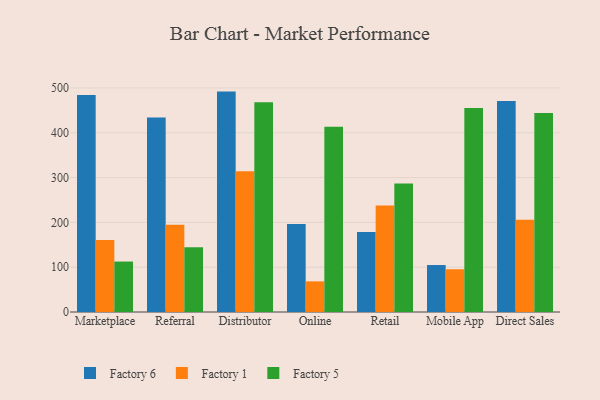
{"axis": {"x": "Channel", "y": "Backlog"}, "legend": ["Factory 1", "Factory 5", "Factory 6"], "data": [{"x": "Marketplace", "y": 484.0, "type": "Factory 6"}, {"x": "Marketplace", "y": 160.9, "type": "Factory 1"}, {"x": "Marketplace", "y": 112.6, "type": "Factory 5"}, {"x": "Referral", "y": 434.1, "type": "Factory 6"}, {"x": "Referral", "y": 194.9, "type": "Factory 1"}, {"x": "Referral", "y": 144.7, "type": "Factory 5"}, {"x": "Distributor", "y": 491.8, "type": "Factory 6"}, {"x": "Distributor", "y": 313.8, "type": "Factory 1"}, {"x": "Distributor", "y": 468.2, "type": "Factory 5"}, {"x": "Online", "y": 196.2, "type": "Factory 6"}, {"x": "Online", "y": 68.4, "type": "Factory 1"}, {"x": "Online", "y": 413.6, "type": "Factory 5"}, {"x": "Retail", "y": 178.4, "type": "Factory 6"}, {"x": "Retail", "y": 237.9, "type": "Factory 1"}, {"x": "Retail", "y": 286.8, "type": "Factory 5"}, {"x": "Mobile App", "y": 104.8, "type": "Factory 6"}, {"x": "Mobile App", "y": 95.4, "type": "Factory 1"}, {"x": "Mobile App", "y": 455.3, "type": "Factory 5"}, {"x": "Direct Sales", "y": 470.8, "type": "Factory 6"}, {"x": "Direct Sales", "y": 205.9, "type": "Factory 1"}, {"x": "Direct Sales", "y": 444.3, "type": "Factory 5"}]}